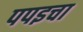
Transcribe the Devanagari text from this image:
पपइचा